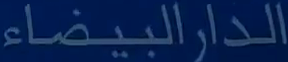
الدار البيضاء